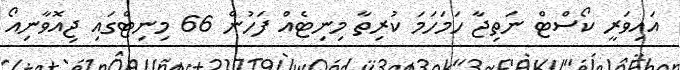
އައިވަރީ ކޯސްޓް ނަތިޖާ ހަމަހަމަ ކުރިތާ މިނިޓެއް ފަހުން 66 މިނިޓްގައި ޖިއޮވާނިއޯ